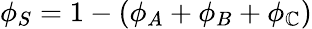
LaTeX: \phi_{S}=1-(\phi_{A}+\phi_{B}+\phi_{\mathbb{C}})